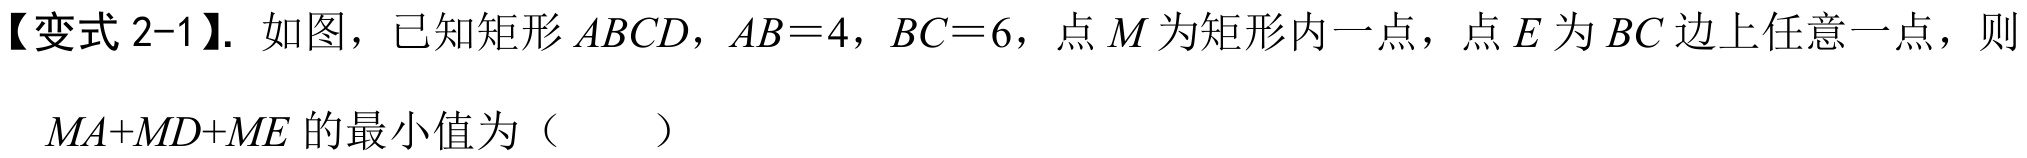
【变式 2-1】. 如图，已知矩形 \(ABCD\)，\(AB = 4\)，\(BC = 6\)，点 \(M\) 为矩形内一点，点 \(E\) 为 \(BC\) 边上任意一点，则 \(MA + MD+ME\) 的最小值为（  ）